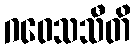
ဂဝေသသီတိ